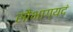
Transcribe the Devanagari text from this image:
सौभाग्यदं